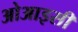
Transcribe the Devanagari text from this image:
ओआइसी